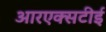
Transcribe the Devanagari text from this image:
आरएक्सटीई